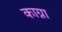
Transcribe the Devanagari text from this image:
काग्ना